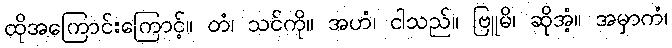
ထိုအကြောင်းကြောင့်။ တံ၊ သင်ကို။ အဟံ၊ ငါသည်။ ဗြူမိ၊ ဆိုအံ့။ အမှာကံ၊